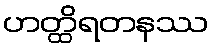
ဟတ္ထိရတနဿ